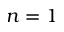
n = 1